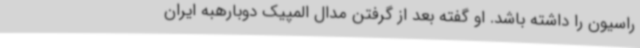
راسیون را داشته باشد. او گفته بعد از گرفتن مدال المپیک دوبارهبه ایران